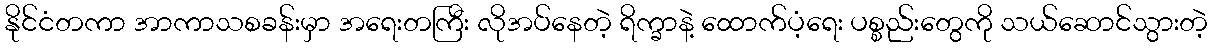
နိုင်ငံတကာ အာကာသစခန်းမှာ အရေးတကြီး လိုအပ်နေတဲ့ ရိက္ခာနဲ့ ထောက်ပံ့ရေး ပစ္စည်းတွေကို သယ်ဆောင်သွားတဲ့